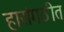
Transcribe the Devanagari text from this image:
हासंगठीत